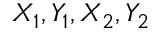
X _ { 1 } , Y _ { 1 } , X _ { 2 } , Y _ { 2 }